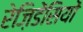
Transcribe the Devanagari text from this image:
रेज़िडेंसियों